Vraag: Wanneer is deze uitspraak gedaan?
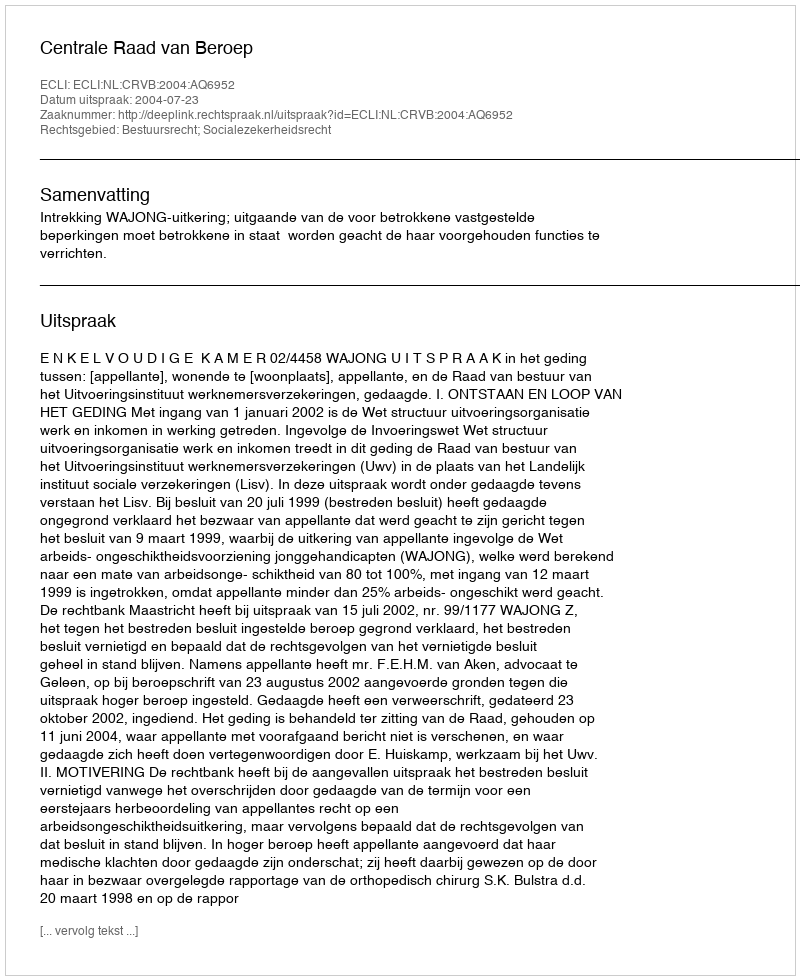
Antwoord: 2004-07-23